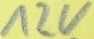
Text: 12V